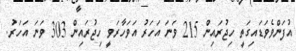
އުފަންވެވަޑައިގަތީ ހިޖުރައިން 215 ވަނަ އަހަރު އަވަހާރަވީ ހިޖުރައިން 303 ވަނަ އަހަރު.